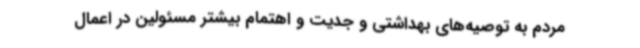
مردم به توصیه‌های بهداشتی و جدیت و اهتمام بیشتر مسئولین در اعمال